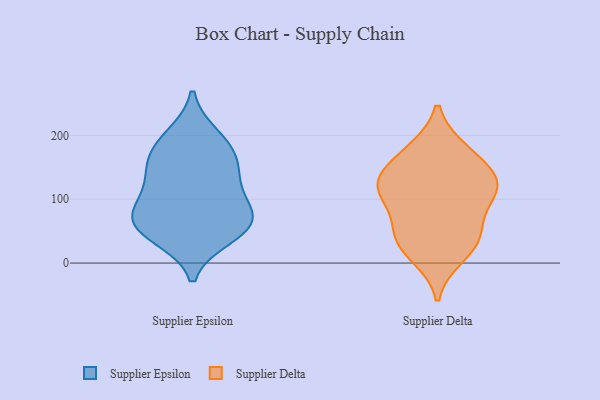
{"axis": {"x": "Conversion Rate (%)", "y": "Value"}, "legend": ["Supplier Delta", "Supplier Epsilon"], "data": [{"x": "", "y": 180, "type": "Supplier Epsilon"}, {"x": "", "y": 43, "type": "Supplier Epsilon"}, {"x": "", "y": 63, "type": "Supplier Epsilon"}, {"x": "", "y": 69, "type": "Supplier Epsilon"}, {"x": "", "y": 57, "type": "Supplier Epsilon"}, {"x": "", "y": 99, "type": "Supplier Epsilon"}, {"x": "", "y": 197, "type": "Supplier Epsilon"}, {"x": "", "y": 139, "type": "Supplier Epsilon"}, {"x": "", "y": 130, "type": "Supplier Epsilon"}, {"x": "", "y": 69, "type": "Supplier Epsilon"}, {"x": "", "y": 166, "type": "Supplier Epsilon"}, {"x": "", "y": 113, "type": "Supplier Delta"}, {"x": "", "y": 68, "type": "Supplier Delta"}, {"x": "", "y": 177, "type": "Supplier Delta"}, {"x": "", "y": 114, "type": "Supplier Delta"}, {"x": "", "y": 143, "type": "Supplier Delta"}, {"x": "", "y": 117, "type": "Supplier Delta"}, {"x": "", "y": 26, "type": "Supplier Delta"}, {"x": "", "y": 43, "type": "Supplier Delta"}, {"x": "", "y": 175, "type": "Supplier Delta"}, {"x": "", "y": 135, "type": "Supplier Delta"}, {"x": "", "y": 46, "type": "Supplier Delta"}, {"x": "", "y": 114, "type": "Supplier Delta"}, {"x": "", "y": 11, "type": "Supplier Delta"}]}